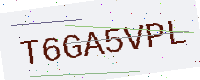
Text: T6GA5VPL